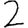
Digit: 2